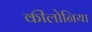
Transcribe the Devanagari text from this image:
कीलोनिया